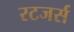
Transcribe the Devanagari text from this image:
रटजर्स